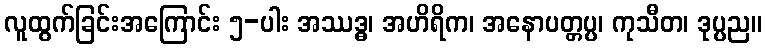
လူထွက်ခြင်းအကြောင်း ၅-ပါး အဿဒ္ဓ၊ အဟိရိက၊ အနောပတ္တပ္ပ၊ ကုသီတ၊ ဒုပ္ပည။